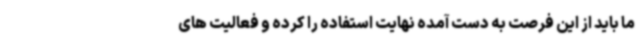
ما باید از این فرصت به دست آمده نهایت استفاده را کرده و فعالیت های